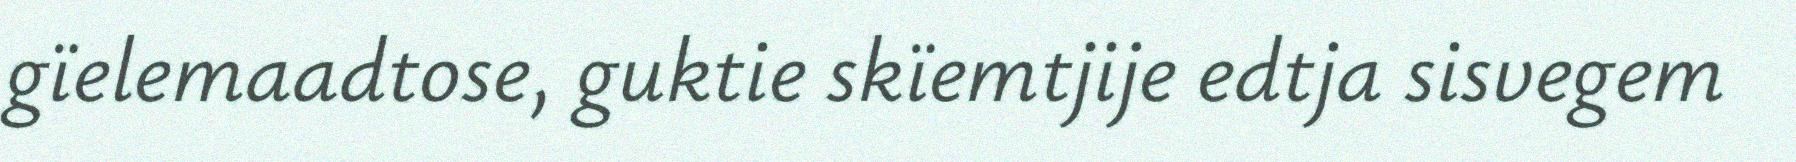
gïelemaadtose, guktie skïemtjije edtja sisvegem